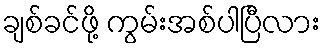
ချစ်ခင်ဖို့ ကွမ်းအစ်ပါပြီလား